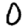
Digit: 0